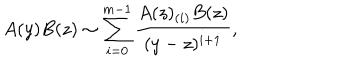
LaTeX: A ( y ) B ( z ) \sim \sum _ { i = 0 } ^ { m - 1 } \frac { A ( z ) _ { ( i ) } B ( z ) } { ( y - z ) ^ { i + 1 } } ,